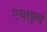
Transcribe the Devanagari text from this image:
एथाइल